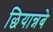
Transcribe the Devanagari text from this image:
छियान्नबे